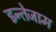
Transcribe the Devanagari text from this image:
इन्तेजाम